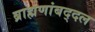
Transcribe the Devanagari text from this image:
ब्राह्मणांबद्दल